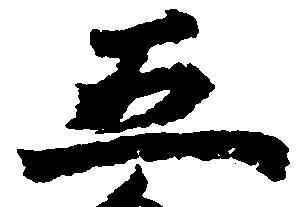
五